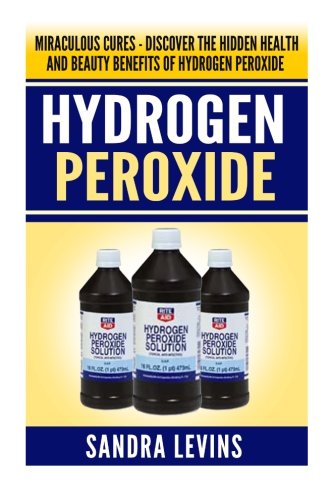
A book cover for Hydrogen Peroxide: Miraculous Cures - Discover the Hidden Health and Beauty Benefits of Hydrogen Peroxide (Hydrogen Peroxide Cures - Your Definitive Guide to Healing and Prevention); Sandra Levins; Crafts, Hobbies & Home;